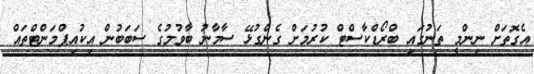
އެގޮތަށް ނިންމީ ތަނުގައި ބްރޯޑްކާސްޓް ކުރުމަށް ގެންގުޅޭ ސާމާނު ބާވުމުގެ ސަބަބުން އިކުއިޕްމަންޓްތައް